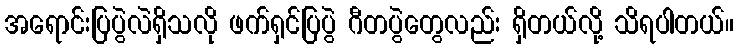
အရောင်းပြပွဲလဲရှိသလို ဖက်ရှင်ပြပွဲ ဂီတပွဲတွေလည်း ရှိတယ်လို့ သိရပါတယ်။